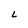
Character: L